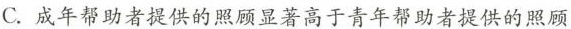
C.成年帮助者提供的照顾显著高于青年帮助者提供的照顾